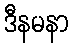
ဒီနမနာ